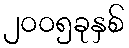
၂၀၀၅ခုနှစ်